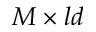
M \times l d